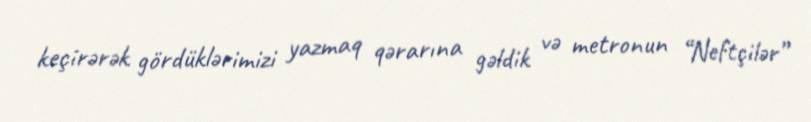
keçirərək gördüklərimizi yazmaq qərarına gəldik və metronun “Neftçilər”